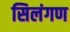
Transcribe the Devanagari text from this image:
सिलंगण